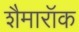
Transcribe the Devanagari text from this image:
शैमारॉक